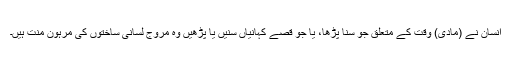
انسان نے (مادی) وقت کے متعلق جو سنا پڑھا، یا جو قصے کہانیاں سنیں یا پڑھیں وہ مروج لسانی ساختوں کی مرہونِ منت ہیں۔